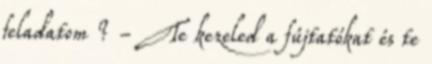
feladatom ? - Te kezeled a fújtatókat és te